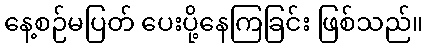
နေ့စဉ်မပြတ် ပေးပို့နေကြခြင်း ဖြစ်သည်။